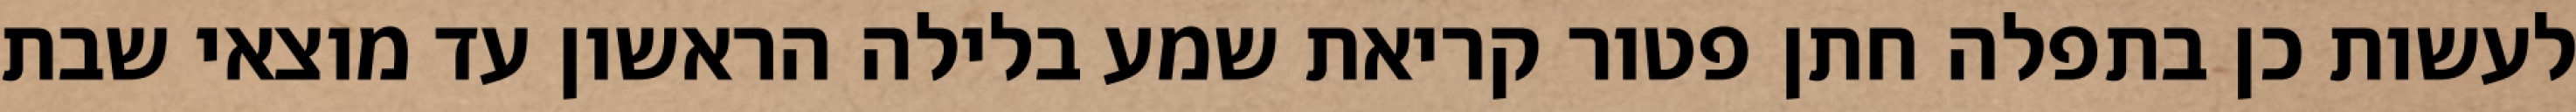
לעשות כן בתפלה חתן פטור קריאת שמע בלילה הראשון עד מוצאי שבת